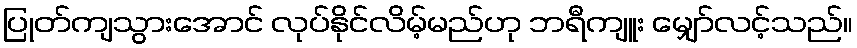
ပြုတ်ကျသွားအောင် လုပ်နိုင်လိမ့်မည်ဟု ဘရီကျူး မျှော်လင့်သည်။